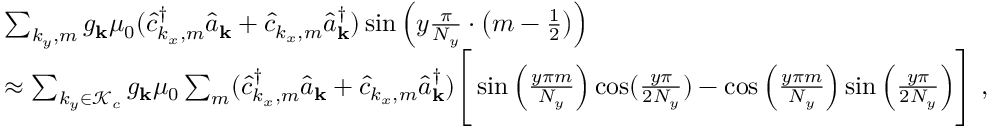
\begin{array} { r l } & { \sum _ { k _ { y } , m } { g _ { \bf k } } \mu _ { 0 } ( \hat { c } _ { k _ { x } , m } ^ { \dagger } \hat { a } _ { \bf k } + \hat { c } _ { k _ { x } , m } \hat { a } _ { \bf k } ^ { \dagger } ) \sin \Big ( y \frac { \pi } { N _ { y } } \cdot \big ( m - \frac { 1 } { 2 } \big ) \Big ) } \\ & { \approx \sum _ { k _ { y } \in \mathcal { K } _ { c } } { g _ { \bf k } } \mu _ { 0 } \sum _ { m } ( \hat { c } _ { k _ { x } , m } ^ { \dagger } \hat { a } _ { \bf k } + \hat { c } _ { k _ { x } , m } \hat { a } _ { \bf k } ^ { \dagger } ) \Bigg [ \sin \Big ( \frac { y \pi m } { N _ { y } } \Big ) \cos ( \frac { y \pi } { 2 N _ { y } } ) - \cos \Big ( \frac { y \pi m } { N _ { y } } \Big ) \sin \Big ( \frac { y \pi } { 2 N _ { y } } \Big ) \Bigg ] ~ , } \end{array}